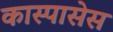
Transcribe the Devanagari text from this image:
कास्पासेस